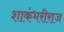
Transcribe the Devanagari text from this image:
शाकंभरीराज